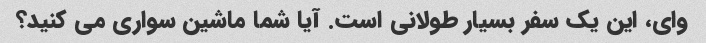
وای، این یک سفر بسیار طولانی است. آیا شما ماشین سواری می کنید؟